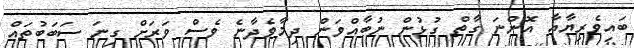
ބައިވެރިޔާއާ އޮންނަ ގާތް ގުޅުން ނުބާއްވަން ދިމާވެދާނެ ވެސް ވަރަށް ގިނަ ސަބަބުތައް